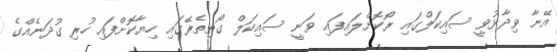
އޭނާ ވިދާޅުވީ ސައިކަލްގައި ރޯކޮށްލައިފައި ވަނީ ސައިކަލް ގޯތިތެރޭގައި ހިޔާކޮށްފައި ހުރި ގުދަނެއްގެ